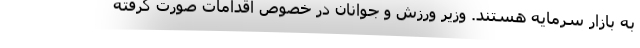
به بازار سرمایه هستند. وزیر ورزش و جوانان در خصوص اقدامات صورت گرفته